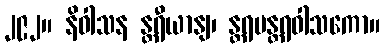
၂၉၂။ နိဝါသန န္တရီယာနျ၊ န္တရမန္တရဝါသကော။